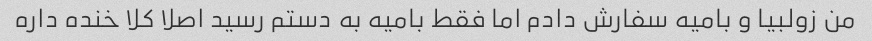
من زولبیا و بامیه سفارش دادم اما فقط بامیه به دستم رسید اصلا کلا خنده داره